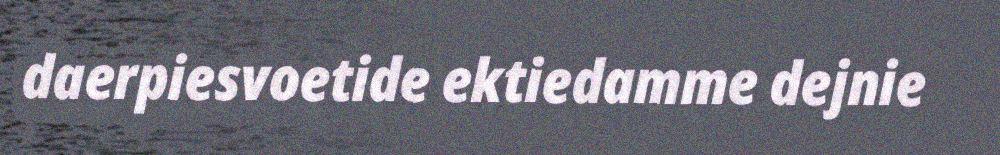
daerpiesvoetide ektiedamme dejnie